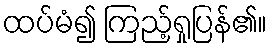
ထပ်မံ၍ ကြည့်ရှုပြန်၏။